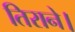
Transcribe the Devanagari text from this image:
तिराने।